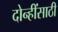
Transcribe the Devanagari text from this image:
दोन्हींसाठी